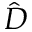
\hat { D }